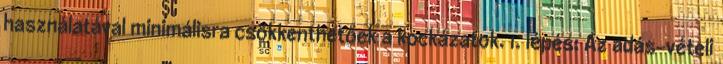
használatával minimálisra csökkenthetőek a kockázatok. 1. lépés: Az adás-vételi